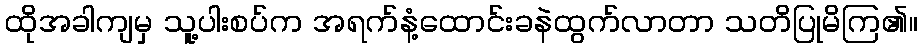
ထိုအခါကျမှ သူ့ပါးစပ်က အရက်နံ့ထောင်းခနဲထွက်လာတာ သတိပြုမိကြ၏။